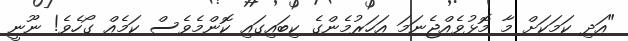
"އަދި ކަމަކަށް މާ މޮޅުވެއްޖެނަމަ އަހަރުމެންގެ ކިބައިގައި ކޮންމެވެސް ކަމެއް ގޯހެވެ! ނޫނީ